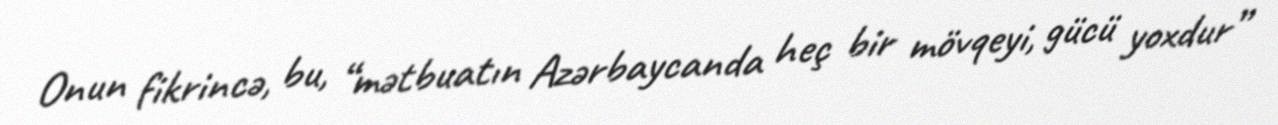
Onun fikrincə, bu, “mətbuatın Azərbaycanda heç bir mövqeyi, gücü yoxdur”